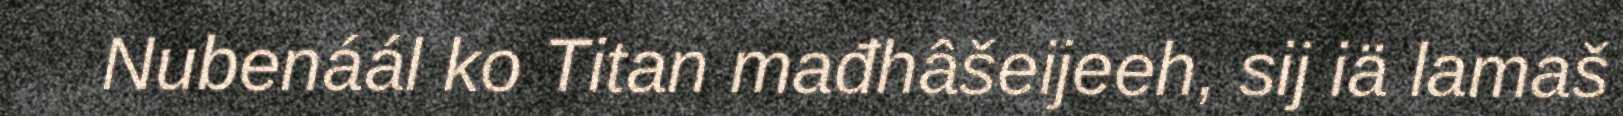
Nubenáál ko Titan mađhâšeijeeh, sij iä lamaš